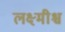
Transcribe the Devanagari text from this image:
लक्ष्मीश्च